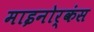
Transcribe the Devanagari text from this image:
माइनोर्कंस